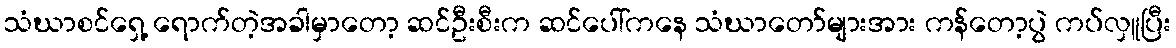
သံဃာစင်ရှေ့ ရောက်တဲ့အခါမှာတော့ ဆင်ဦးစီးက ဆင်ပေါ်ကနေ သံဃာတော်များအား ကန်တော့ပွဲ ကပ်လှူပြီး